342_HS1-416511228_319.1 Flying Discs 1949
Agency: Department of War
Incident date: 1/9/50
Page 55
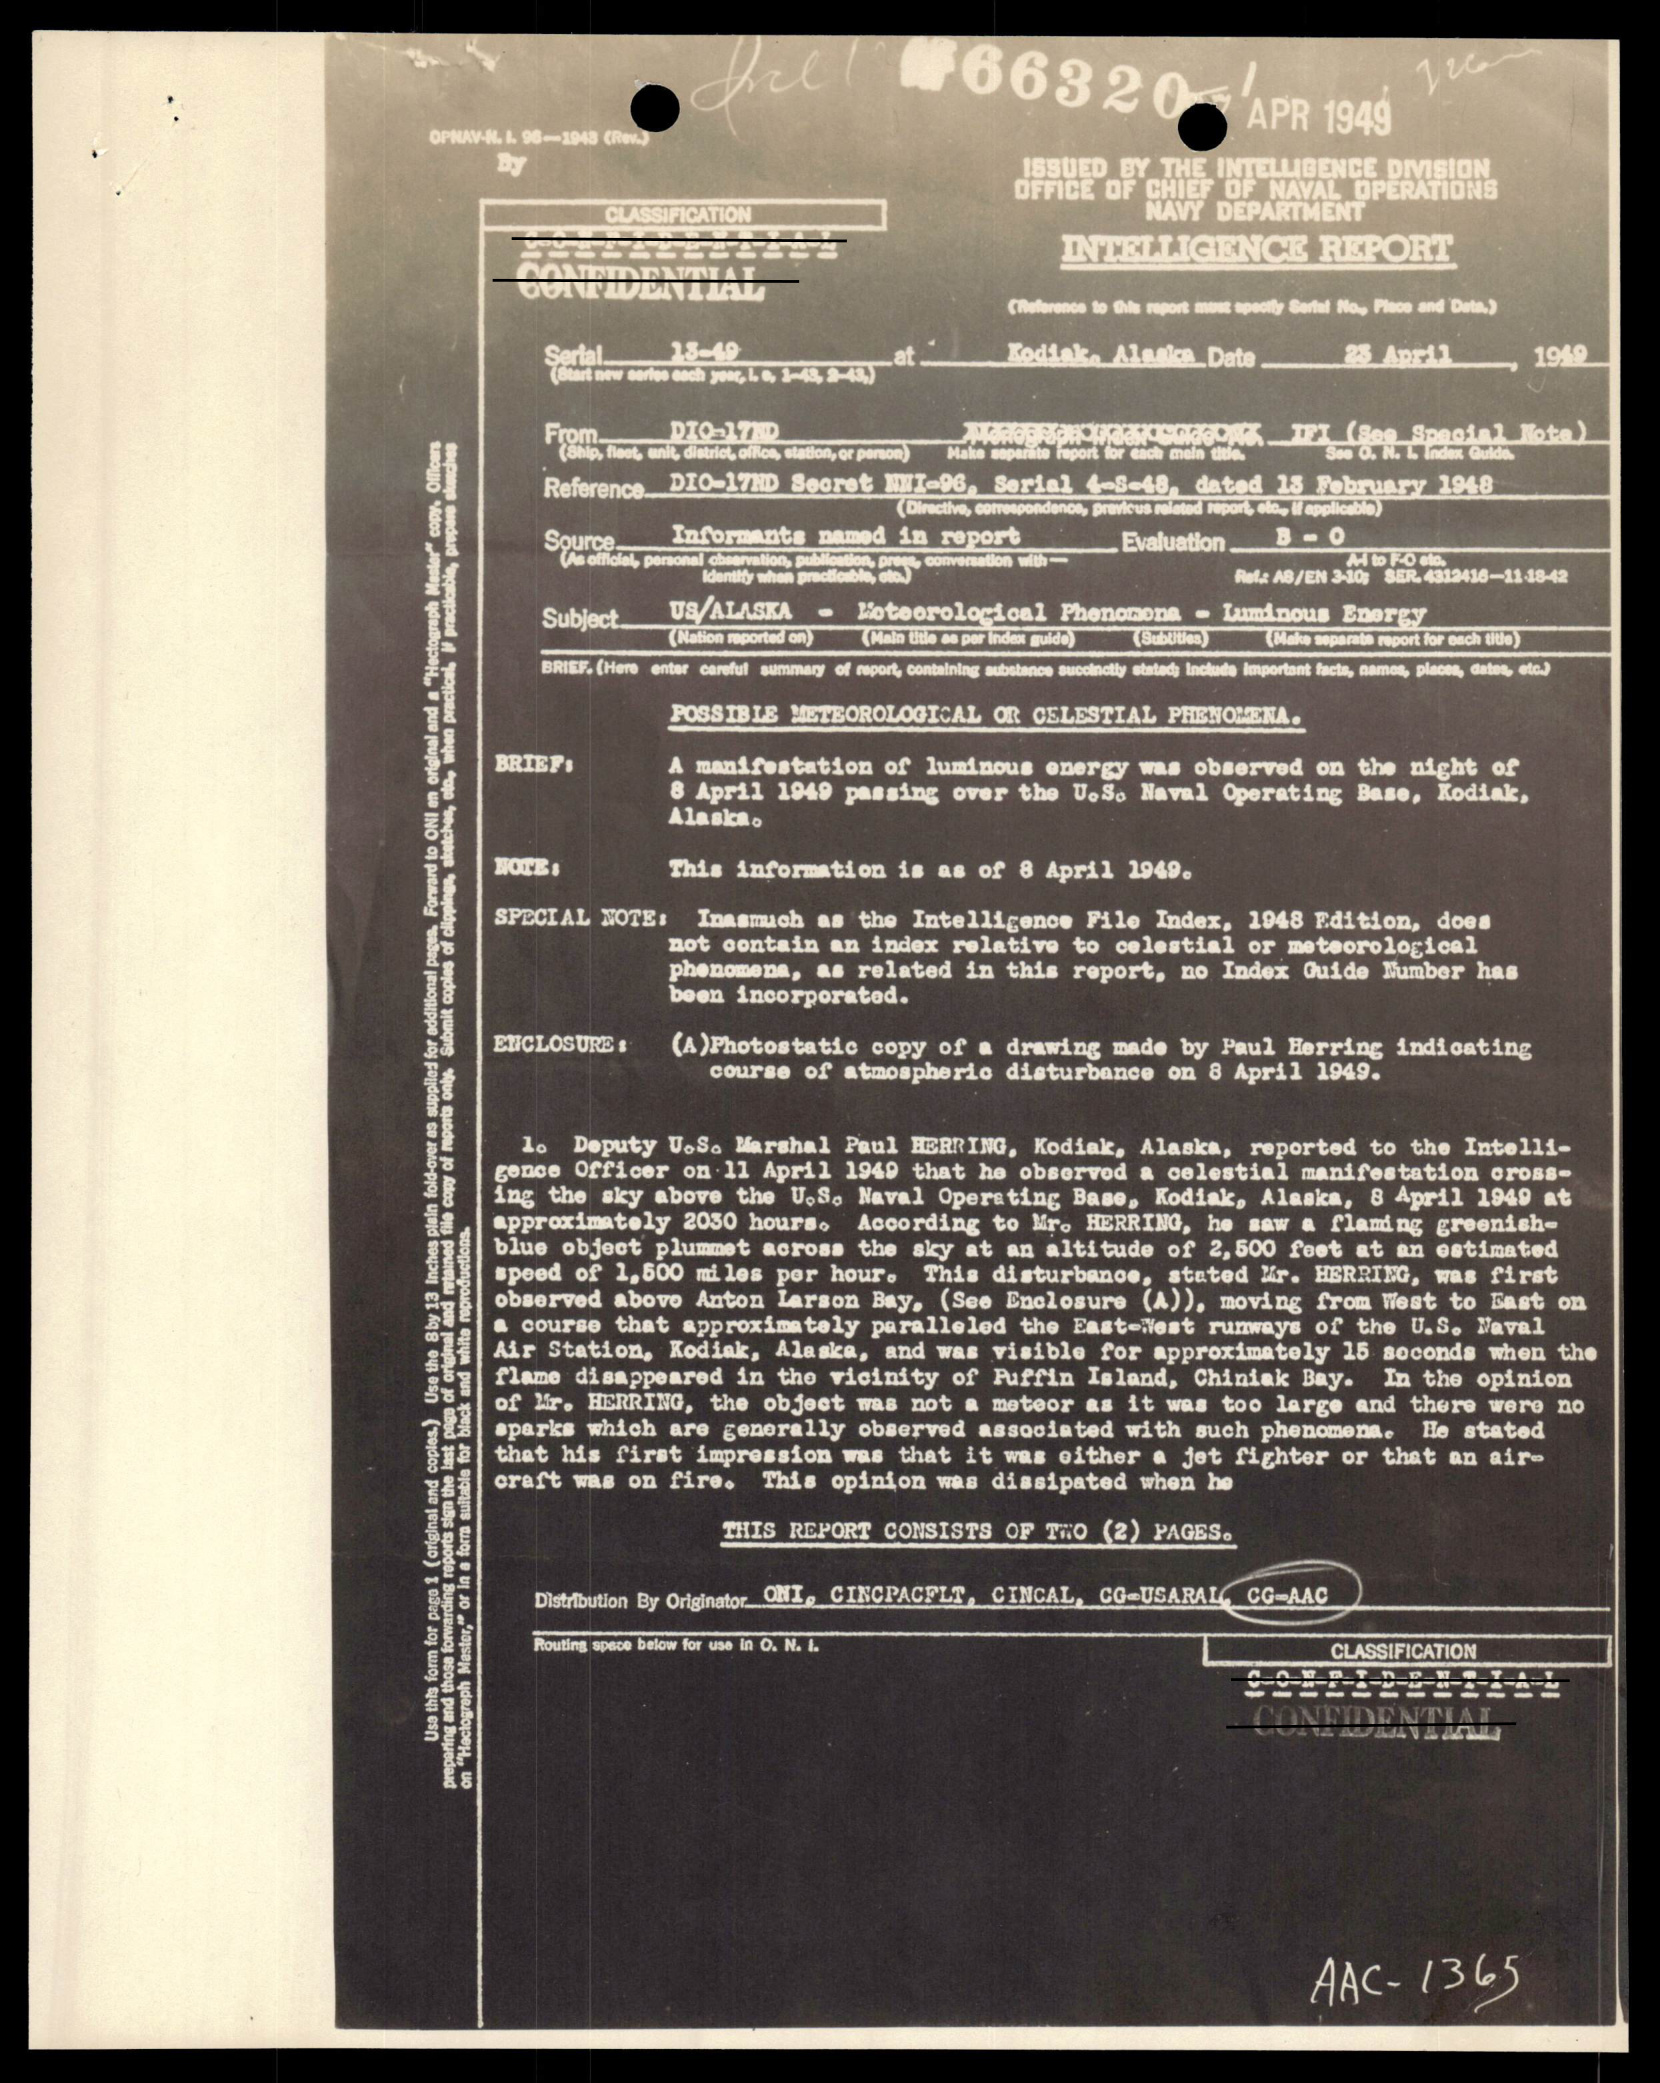